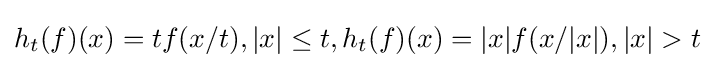
h_{t}(f)(x)=tf(x/t),|x|\leq t,h_{t}(f)(x)=|x|f(x/|x|),|x|>t